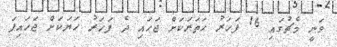
ވަނީ މެޗުގައި 16 ފަހަރު ހަތަރަކަށް ޖަހައި ދެ ފަހަރު ހަޔަކަށް ޖަހައިފަ